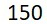
150